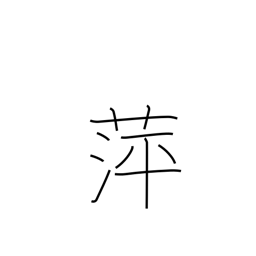
Meaning: floating plants